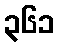
၃၆၁